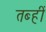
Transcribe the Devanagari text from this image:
तब्हीं